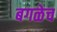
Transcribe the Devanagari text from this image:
बगळेच